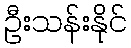
ဦးသန်းနိုင်